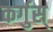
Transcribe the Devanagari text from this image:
कर्गुस्